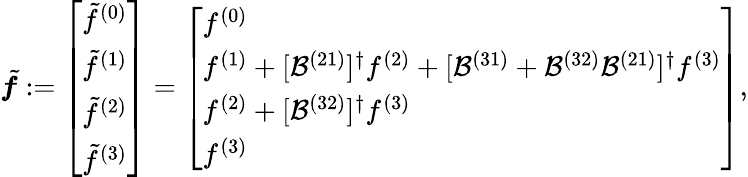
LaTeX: \tilde{\boldsymbol{f}}:=\left[\begin{array}{l}{\tilde{f}^{(0)}}\\ {\tilde{f}^{(1)}}\\ {\tilde{f}^{(2)}}\\ {\tilde{f}^{(3)}}\end{array}\right]=\left[\begin{array}{l}{f^{(0)}}\\ {f^{(1)}+[\mathcal{B}^{(21)}]^{\dagger}f^{(2)}+[\mathcal{B}^{(31)}+\mathcal{B}^{(32)}\mathcal{B}^{(21)}]^{\dagger}f^{(3)}}\\ {f^{(2)}+[\mathcal{B}^{(32)}]^{\dagger}f^{(3)}}\\ {f^{(3)}}\end{array}\right],